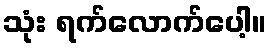
သုံး ရက်လောက်ပေါ့။